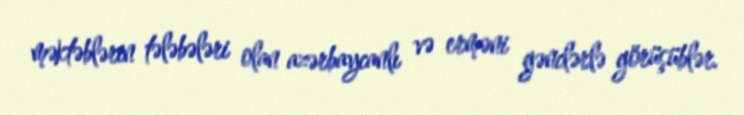
məktəblərin tələbələri olan azərbaycanlı və erməni gənclərlə görüşüblər.